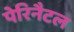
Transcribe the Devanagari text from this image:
पेरिनैटल